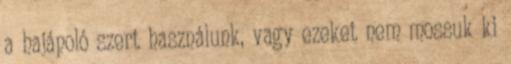
a hajápoló szert használunk, vagy ezeket nem mossuk ki